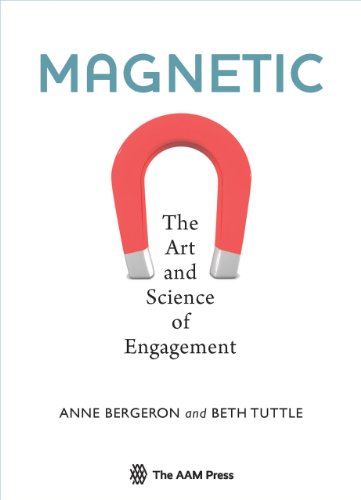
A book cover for Magnetic: The Art and Science of Engagement; Anne Bergeron; Business & Money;